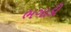
ભગાડી